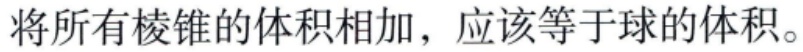
将所有棱锥的体积相加，应该等于球的体积。